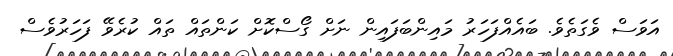
އަވަސް ވެގަތެވެ. ބައެއްފަހަރު މައިންބަފައިން ނަށް ގޯސްކޮށް ކަންތައް ތައް ކުރެވޭ ފަހަރުވެސް